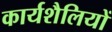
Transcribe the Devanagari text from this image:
कार्यशैलियों